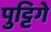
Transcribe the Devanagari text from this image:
पुट्टिगे